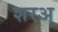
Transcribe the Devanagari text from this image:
शरअ